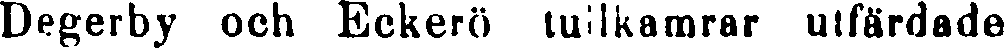
Degerby och Eckerö tullkamrar utfärdade